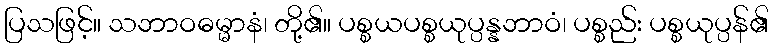
ပြသဖြင့်။ သဘာဝဓမ္မာနံ၊ တို့၏။ ပစ္စယပစ္စယုပ္ပန္နဘာဝံ၊ ပစ္စည်း ပစ္စယုပ္ပန်၏